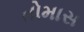
તોમાસ